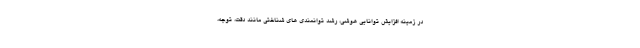
در زمینه افزایش توانايي هوشی، رشد توانمندی های شناختی مانند دقت، توجه،